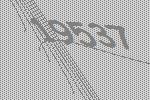
19537